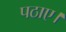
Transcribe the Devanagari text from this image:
पठाए।